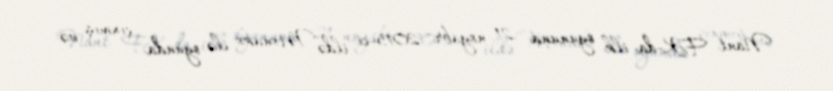
Nant FK-da ilk oyununa 21 noyabr 2015-ci ildə Monako ilə oyunda çıxmış və